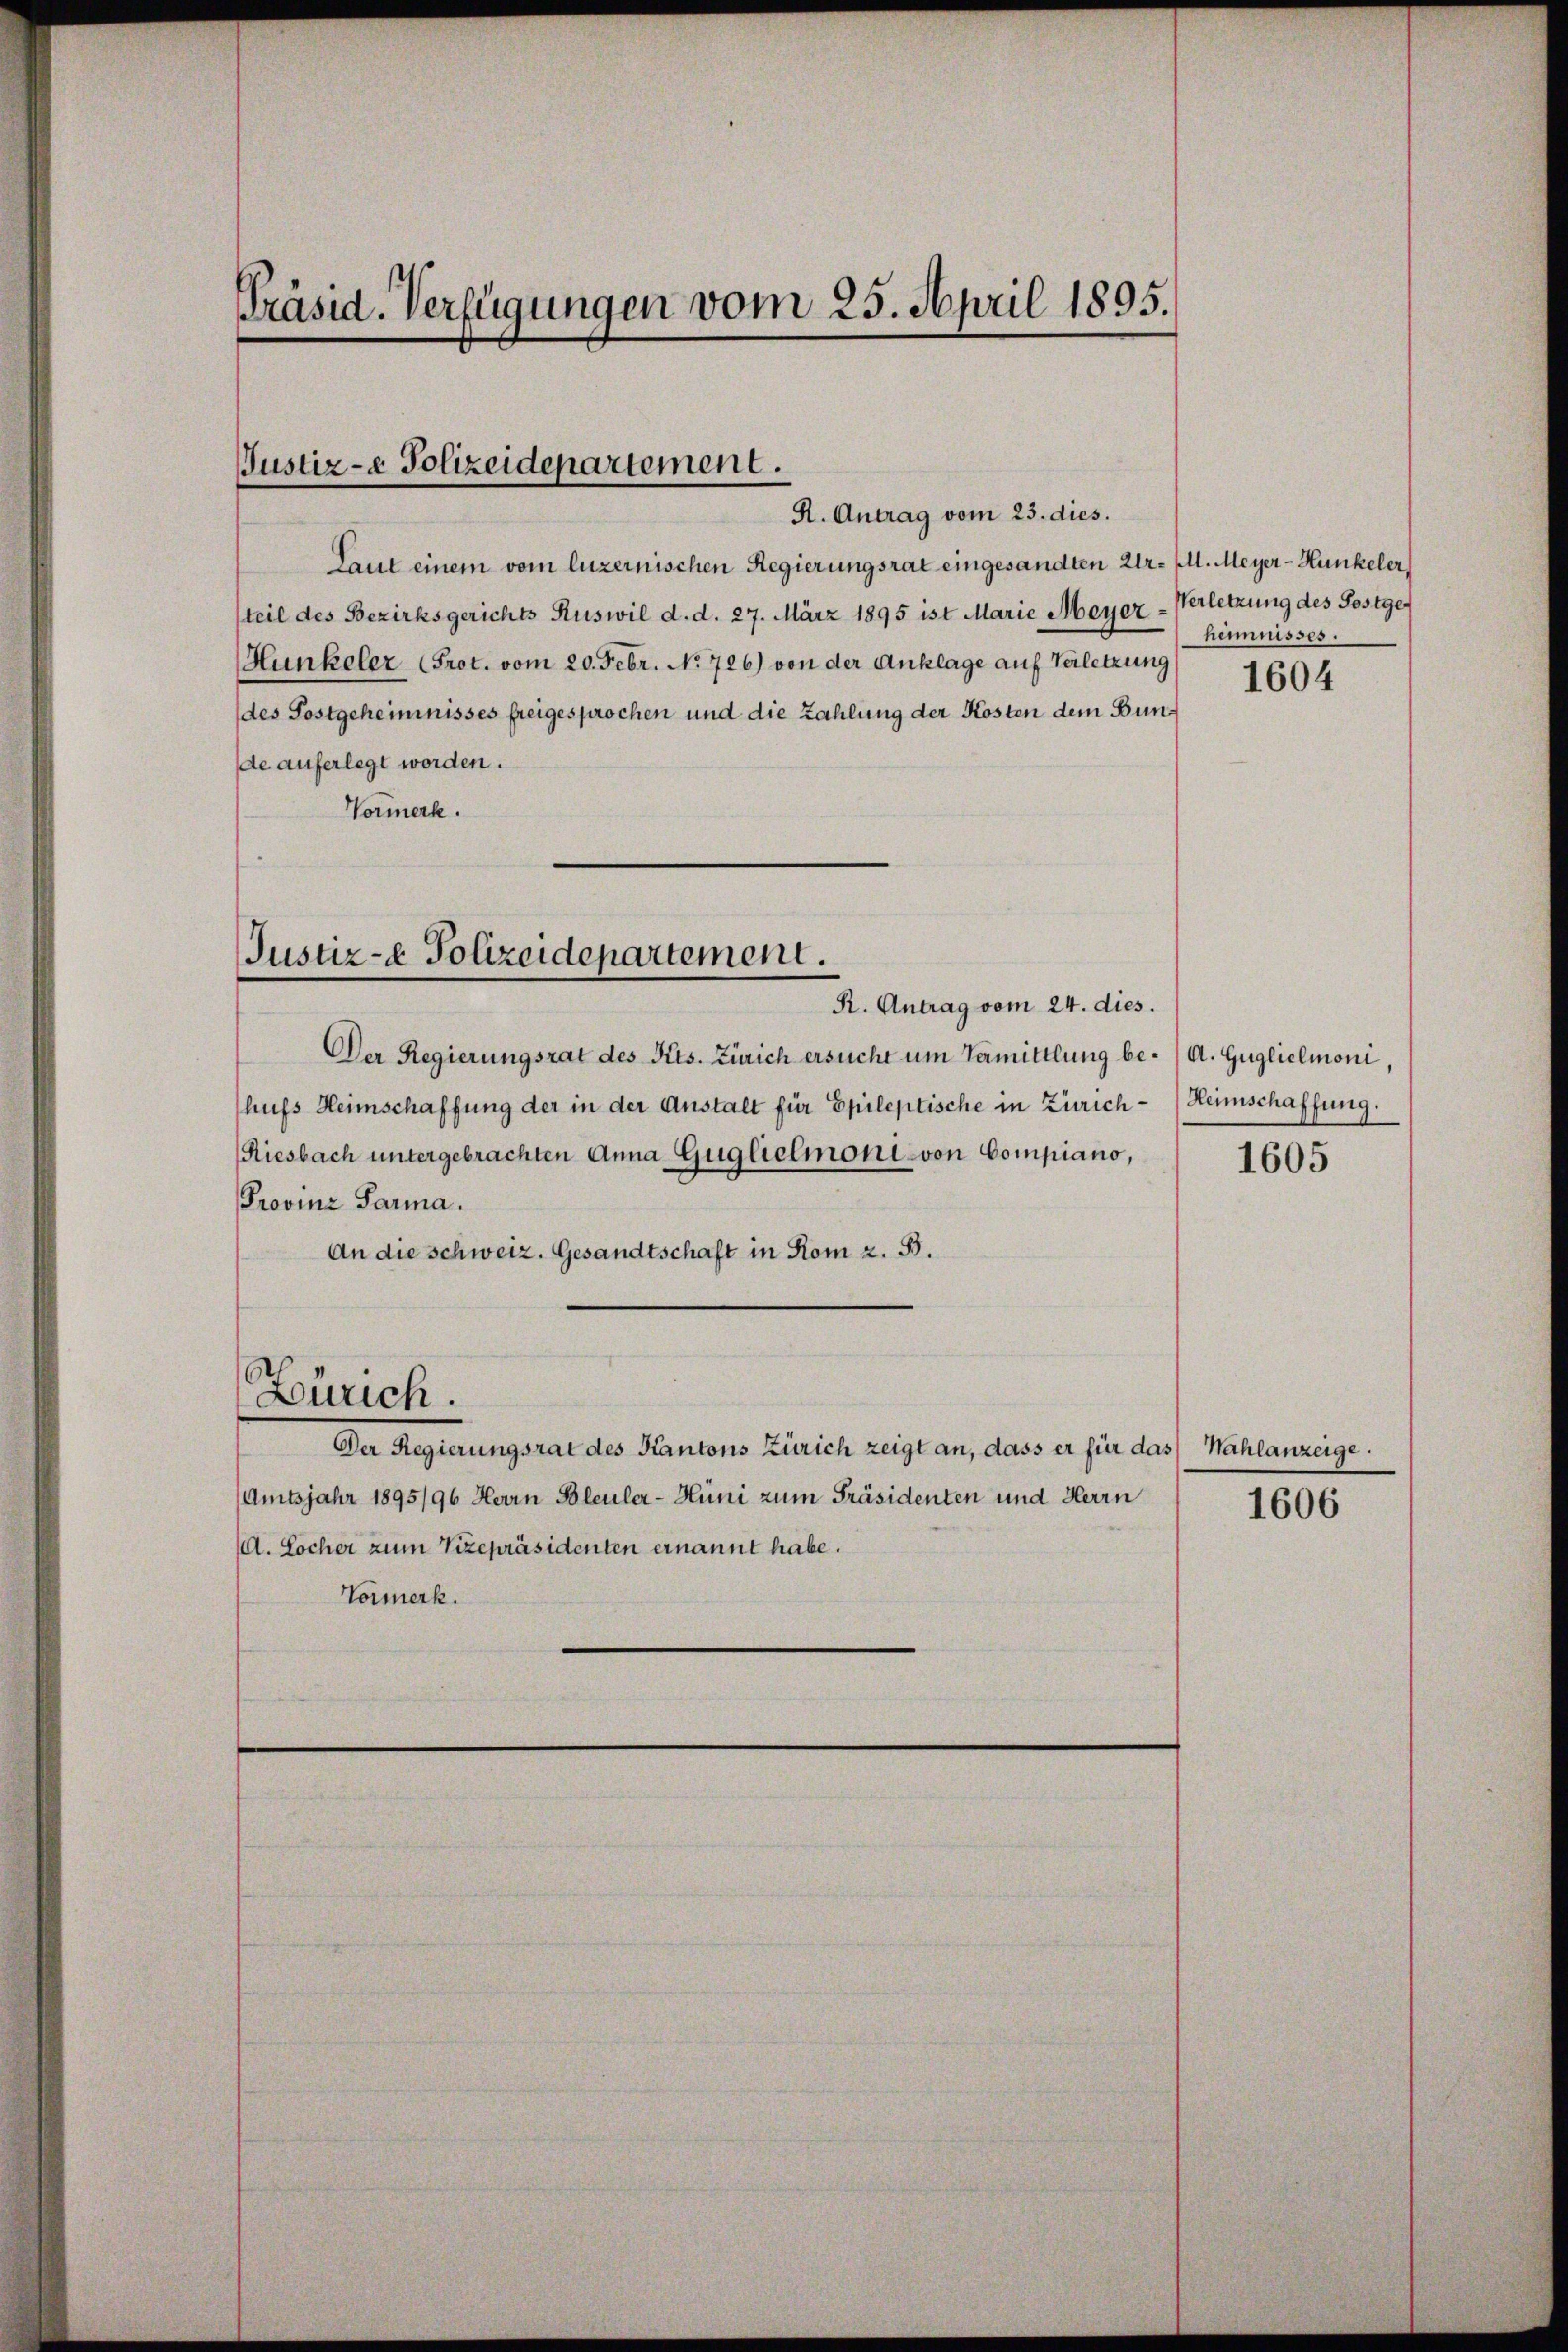
Präsid. Verfügungen vom 25. April 1895.

Justiz- & Polizeidepartement.
R. Antrag vom 23. dies.

Laut einem vom luzernischen Regierungsrat eingesandten Ur- Ill. Meyer-Hunkeler
teil des Bezirksgerichts Ruswil d. d. 27. März 1895 ist Marie Meyer-Verletzung des Postge
Hunkeler (Prot. vom 20. Febr. No 726.) von der Anklage auf Verletzung
(des Postgeheimnisses freigesprochen und die Zahlung der Kosten dem Bunde auferlegt worden.
Vormerk.

Justiz- & Polizeidepartement.
R. Antrag vom 24. dies.

Der Regierungsrat des Kts. Zürich ersucht um Vermittlung be-/A. Guglielmoni
hufs Heimschaffung der in der Anstalt für Epileptische in Zürich-Heimschaffung.
Riesbach untergebrachten Anna Guglieimoni von Compiano,
Provinz Sarma.
An die schweiz. Gesandtschaft in Rom z. B.
Zürich.
Der Regierungsrat des Kantons Zürich zeigt an, dass er für das
(Amtsjahr 1895/96 Herrn Bleuler-Hüni zum Präsidenten und Herrn
. Locher zum Vizepräsidenten ernannt habe.
Vormerk.

heimnisses.

1604

1605

Nahlanzeige.
1606